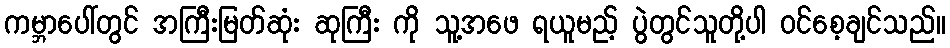
ကမ္ဘာပေါ်တွင် အကြီးမြတ်ဆုံး ဆုကြီး ကို သူ့အဖေ ရယူမည့် ပွဲတွင်သူတို့ပါ ဝင်စေ့ချင်သည်။